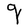
Character: g